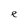
Character: e